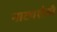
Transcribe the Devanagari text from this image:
नाट्यशैली